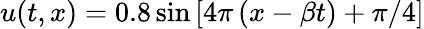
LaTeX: u(t,x)=0.8\sin\left[{4\pi\left({x-\beta t}\right)+\pi/4}\right]